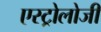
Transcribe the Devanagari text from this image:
एस्ट्रोलोजी